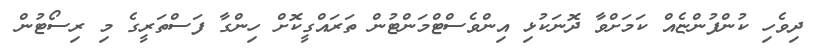
ދިވެހި ކުންފުންޏެއް ކަމަށްވާ ދޮނަކުޅި އިންވެސްޓްމަންޓުން ތަރައްގީކޮށް ހިންގާ ފަސްތަރީގެ މި ރިސޯޓުން